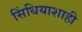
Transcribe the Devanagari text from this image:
सिंधियाशाही